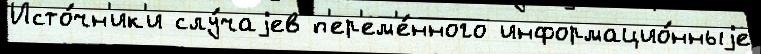
Исто́чн'ик'и слу́чаjев п'ер'ем'е́нного информацио́нныjе